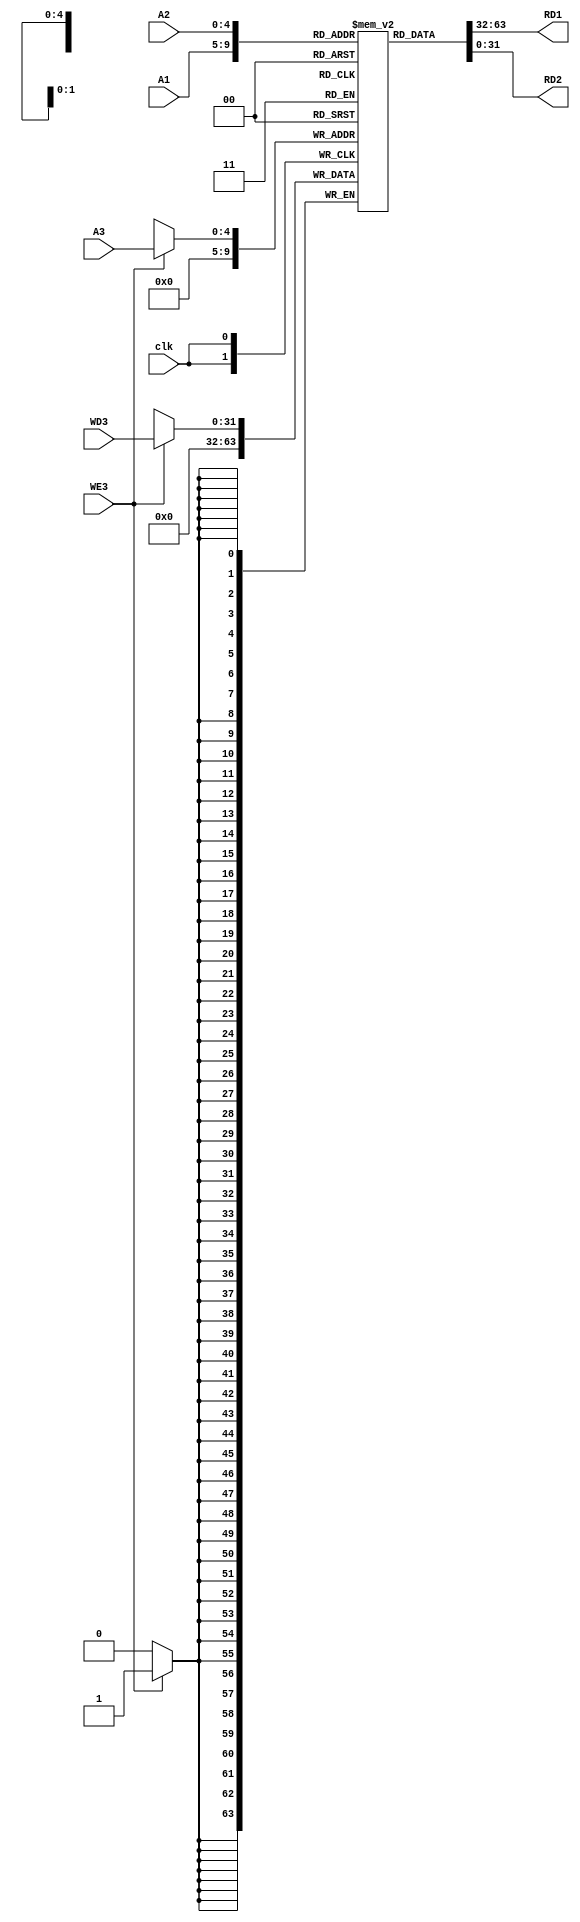
module Register_File(
input clk,
WE3,//write enable
input [4:0]A1,
A2,A3,
input [31:0]WD3,
output reg[31:0] RD1,RD2
    );
    reg[31:0]memreg[31:0];
    
    always@(posedge clk)
    begin
    if(WE3)
   begin
    memreg[A3]<=WD3;//synchronus write
    memreg[0]<=32'b0;//always keep reg $0 equal to zero
    end
    end
    always@(*)
    begin
    RD1=memreg[A1];//asynchronus read for rd1
    RD2=memreg[A2];//asynchronus read for rd2
    end
endmodule